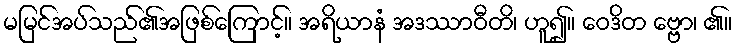
မမြင်အပ်သည်၏အဖြစ်ကြောင့်။ အရိယာနံ အဒဿာဝီတိ၊ ဟူ၍။ ဝေဒိတ ဗ္ဗော၊ ၏။